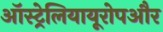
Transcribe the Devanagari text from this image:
ऑस्ट्रेलियायूरोपऔर